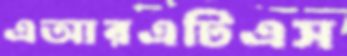
এআরএটিএস